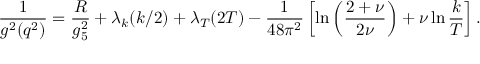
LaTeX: { \frac { 1 } { g ^ { 2 } ( q ^ { 2 } ) } } = { \frac { R } { g _ { 5 } ^ { 2 } } } + \lambda _ { k } ( k / 2 ) + \lambda _ { T } ( 2 T ) - { \frac { 1 } { 4 8 \pi ^ { 2 } } } \left[ \ln \left( { \frac { 2 + \nu } { 2 \nu } } \right) + \nu \ln { \frac { k } { T } } \right] .